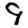
Digit: 9